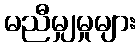
မညီမျှမှုများ